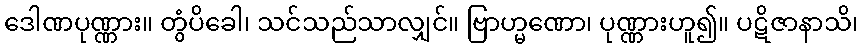
ဒေါဏပုဏ္ဏား။ တွံပိခေါ၊ သင်သည်သာလျှင်။ ဗြာဟ္မဏော၊ ပုဏ္ဏားဟူ၍။ ပဋိဇာနာသိ၊